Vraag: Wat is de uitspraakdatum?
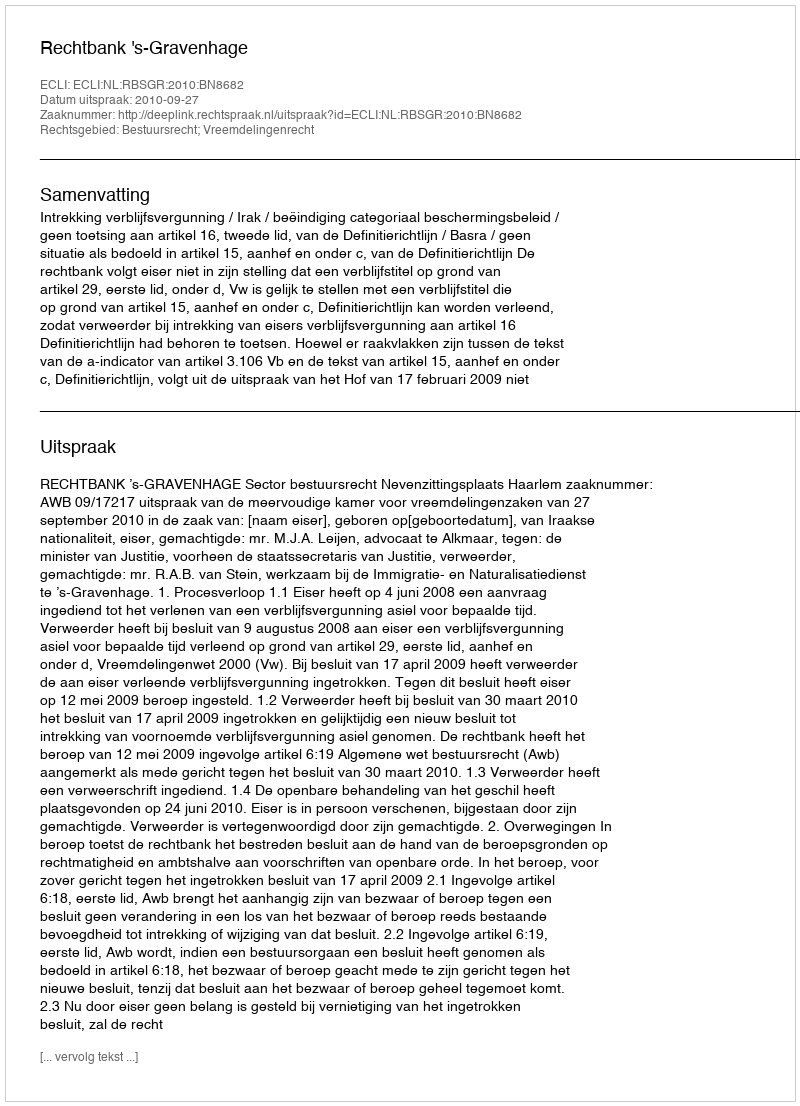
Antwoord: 2010-09-27